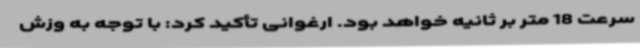
سرعت 18 متر بر ثانیه خواهد بود. ارغوانی تأکید کرد: با توجه به وزش